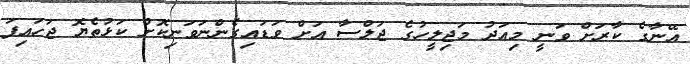
އޭނާގެ ކާރަށް ވަނީ މިއަދު މަޖިލީހުގެ ޖަލްސާ އަށް ވަޑައިގެންނަވަނިކޮށް ކަޅުތެޔޮ ޖަހައިފަ